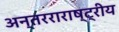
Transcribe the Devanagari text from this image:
अन्तरराराष्ट्रीय